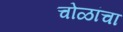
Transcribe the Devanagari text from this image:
चोळांचा